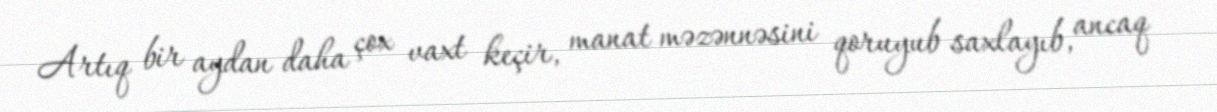
Artıq bir aydan daha çox vaxt keçir, manat məzənnəsini qoruyub saxlayıb, ancaq